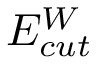
E _ { c u t } ^ { W }